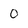
Character: 0